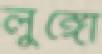
লুঙ্গো